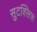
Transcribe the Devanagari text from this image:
सुटक्लिफ